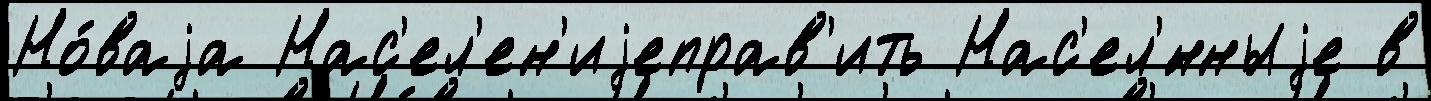
Но́ваjа Нас'ел'ен'иjеправ'ить Нас'ел'́нныjе в